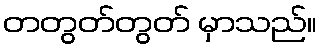
တတွတ်တွတ် မှာသည်။